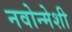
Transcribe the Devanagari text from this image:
नवोन्मेशी